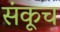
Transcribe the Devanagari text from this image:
संकूच